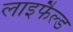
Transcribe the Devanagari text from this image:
लाइफैल्ड